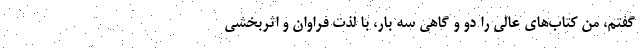
گفتم، من کتاب‌های عالی را دو و گاهی سه بار، با لذت فراوان و اثربخشی